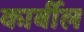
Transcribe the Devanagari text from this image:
कार्बील